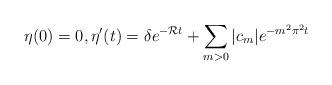
LaTeX: \begin{align*}\eta(0)=0,\eta'(t)=\delta e^{-\mathcal Rt}+\sum_{m>0}|c_m|e^{-m^2\pi^2t}\end{align*}